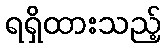
ရရှိထားသည့်